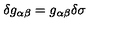
\delta g _ { \alpha \beta } = g _ { \alpha \beta } \delta \sigma